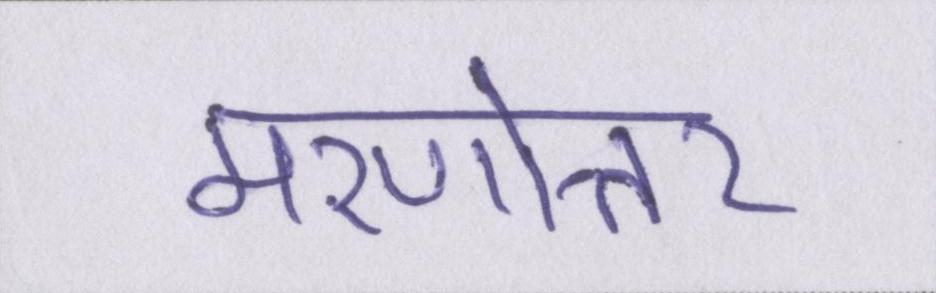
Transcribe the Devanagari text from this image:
मरणोत्तर